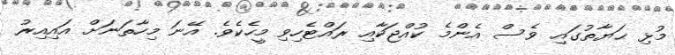
މުޅި ޙަޔާތުގައި ވެސް އެންމެ ކުއްޖަކާއި ރައްޓެހިވި މީހެކެވެ. އޭނަ މިހާތަނަށް އައިއިރު